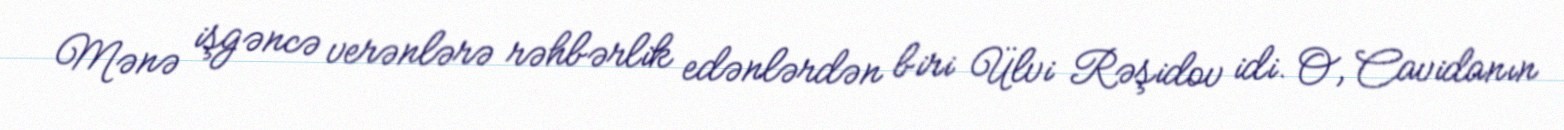
Mənə işgəncə verənlərə rəhbərlik edənlərdən biri Ülvi Rəşidov idi. O, Cavidanın